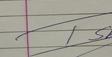
Signature authenticity: genuine